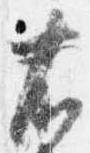
右